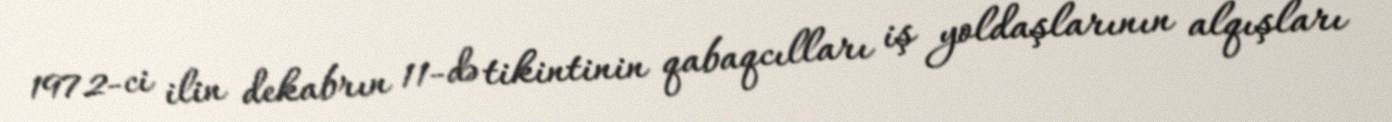
1972-ci ilin dekabrın 11-də tikintinin qabaqcılları iş yoldaşlarının alqışları